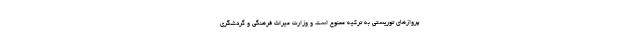
پروازهای توریستی به ترکیه ممنوع است و وزارت میراث فرهنگی و گردشگری